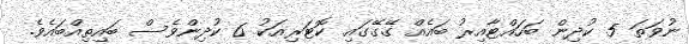
ނުވަތަ 5 ކުދިން ބަހައްޓާއިރު ބައެއް ގޭގޭގައި ކޮޓަރިއަކު 6 ކުދިންވެސް ބައިތިއްބައެވެ.